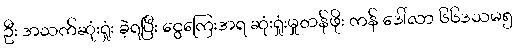
ဦး အသက်ဆုံးရှုံး ခဲ့ရပြီး ငွေကြေးအရ ဆုံးရှုံးမှုတန်ဖိုး ကန် ဒေါ်လာ ၆၆ဒသမ၅